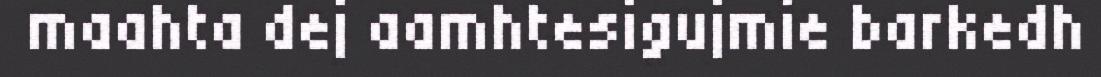
maahta dej aamhtesigujmie barkedh